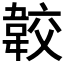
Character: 𩎦